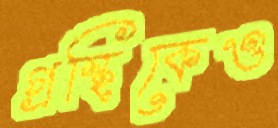
গ্রন্থিকেও